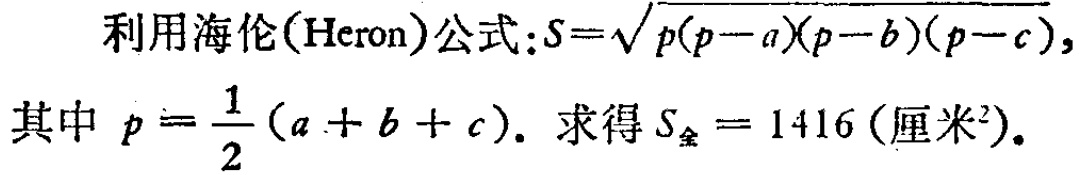
利用海伦(Heron)公式：\(S = \sqrt{p(p - a)(p - b)(p - c)}\)，其中 \(p=\frac{1}{2}(a + b + c)\)。求得 \(S_{全}=1416\) (厘米²)。